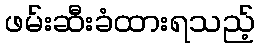
ဖမ်းဆီးခံထားရသည့်